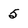
Character: 5